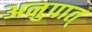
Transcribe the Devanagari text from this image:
अनुपात्